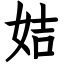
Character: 姞